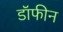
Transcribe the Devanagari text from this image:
डॉफीन